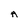
Character: A